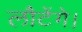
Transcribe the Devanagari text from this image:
लौटेंगे।